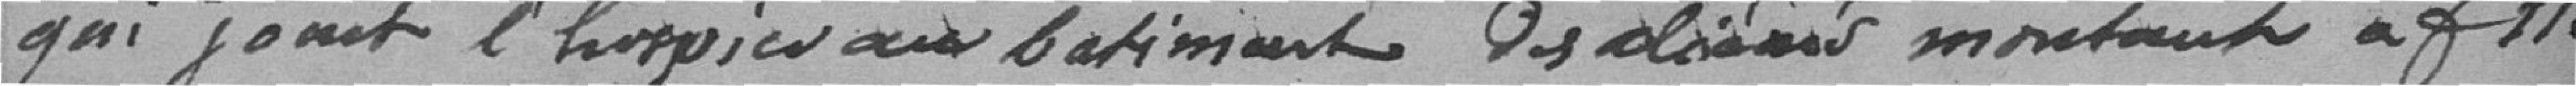
qui joint l'hospice aux bâtiments des .... montante à f 112